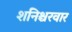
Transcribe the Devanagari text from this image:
शनिश्चरवार